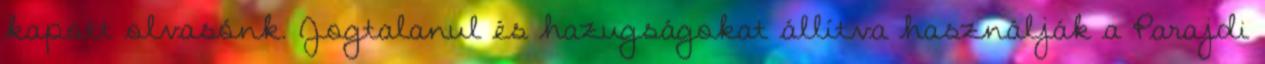
kapott olvasónk. Jogtalanul és hazugságokat állítva használják a Parajdi